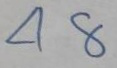
48